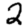
Digit: 2